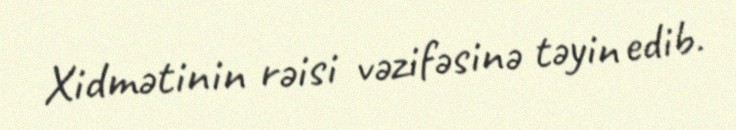
Xidmətinin rəisi vəzifəsinə təyin edib.